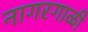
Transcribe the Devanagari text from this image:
नागरगाळी